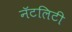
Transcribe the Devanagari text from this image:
नॅटलिटी